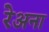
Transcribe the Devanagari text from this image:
रेअना